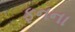
ફનના